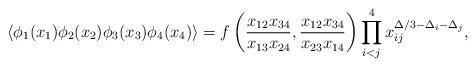
LaTeX: \begin{align*}\langle\phi_{1}(x_{1})\phi_{2}(x_{2})\phi_{3}(x_{3})\phi_{4}(x_{4})\rangle=f\left(\frac{x_{12}x_{34}}{x_{13}x_{24}}, \frac{x_{12}x_{34}}{x_{23}x_{14}}\right)\prod_{i<j}^{4}x_{ij}^{\Delta/3-\Delta_{i}-\Delta_{j}},\end{align*}